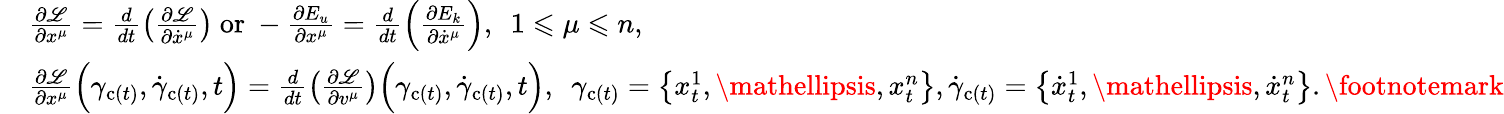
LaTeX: \begin{array}{rl}&{\frac{\partial\mathscr{L}}{\partial x^{\mu}}=\frac{d}{dt}\left(\frac{\partial\mathscr{L}}{\partial\dot{x}^{\mu}}\right)\mathrm{~or~}-\frac{\partial E_{u}}{\partial x^{\mu}}=\frac{d}{dt}\left(\frac{\partial E_{k}}{\partial\dot{x}^{\mu}}\right),\enspace 1\leqslant\mu\leqslant n,}\\ &{\frac{\partial\mathscr{L}}{\partial x^{\mu}}\Bigl(\gamma_{\mathrm{c}(t)},\dot{\gamma}_{\mathrm{c}(t)},t\Bigr)=\frac{d}{dt}\left(\frac{\partial\mathscr{L}}{\partial v^{\mu}}\right)\Bigl(\gamma_{\mathrm{c}(t)},\dot{\gamma}_{\mathrm{c}(t)},t\Bigr),\enspace\gamma_{\mathrm{c}(t)}=\left\{ x_{t}^{1},\mathellipsis,x_{t}^{n}\right\} ,\dot{\gamma}_{\mathrm{c}(t)}=\left\{ \dot{x}_{t}^{1},\mathellipsis,\dot{x}_{t}^{n}\right\} .\footnotemark}\end{array}